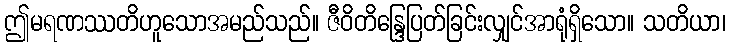
ဤမရဏဿတိဟူသောအမည်သည်။ ဇီဝိတိန္ဒြေပြတ်ခြင်းလျှင်အာရုံရှိသော။ သတိယာ၊